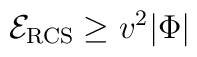
{\cal E}_{\rm RCS}\geq v^2 |\Phi|